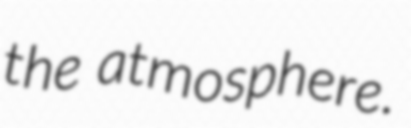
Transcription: the atmosphere.